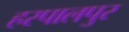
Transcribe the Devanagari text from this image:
हरपालपुर